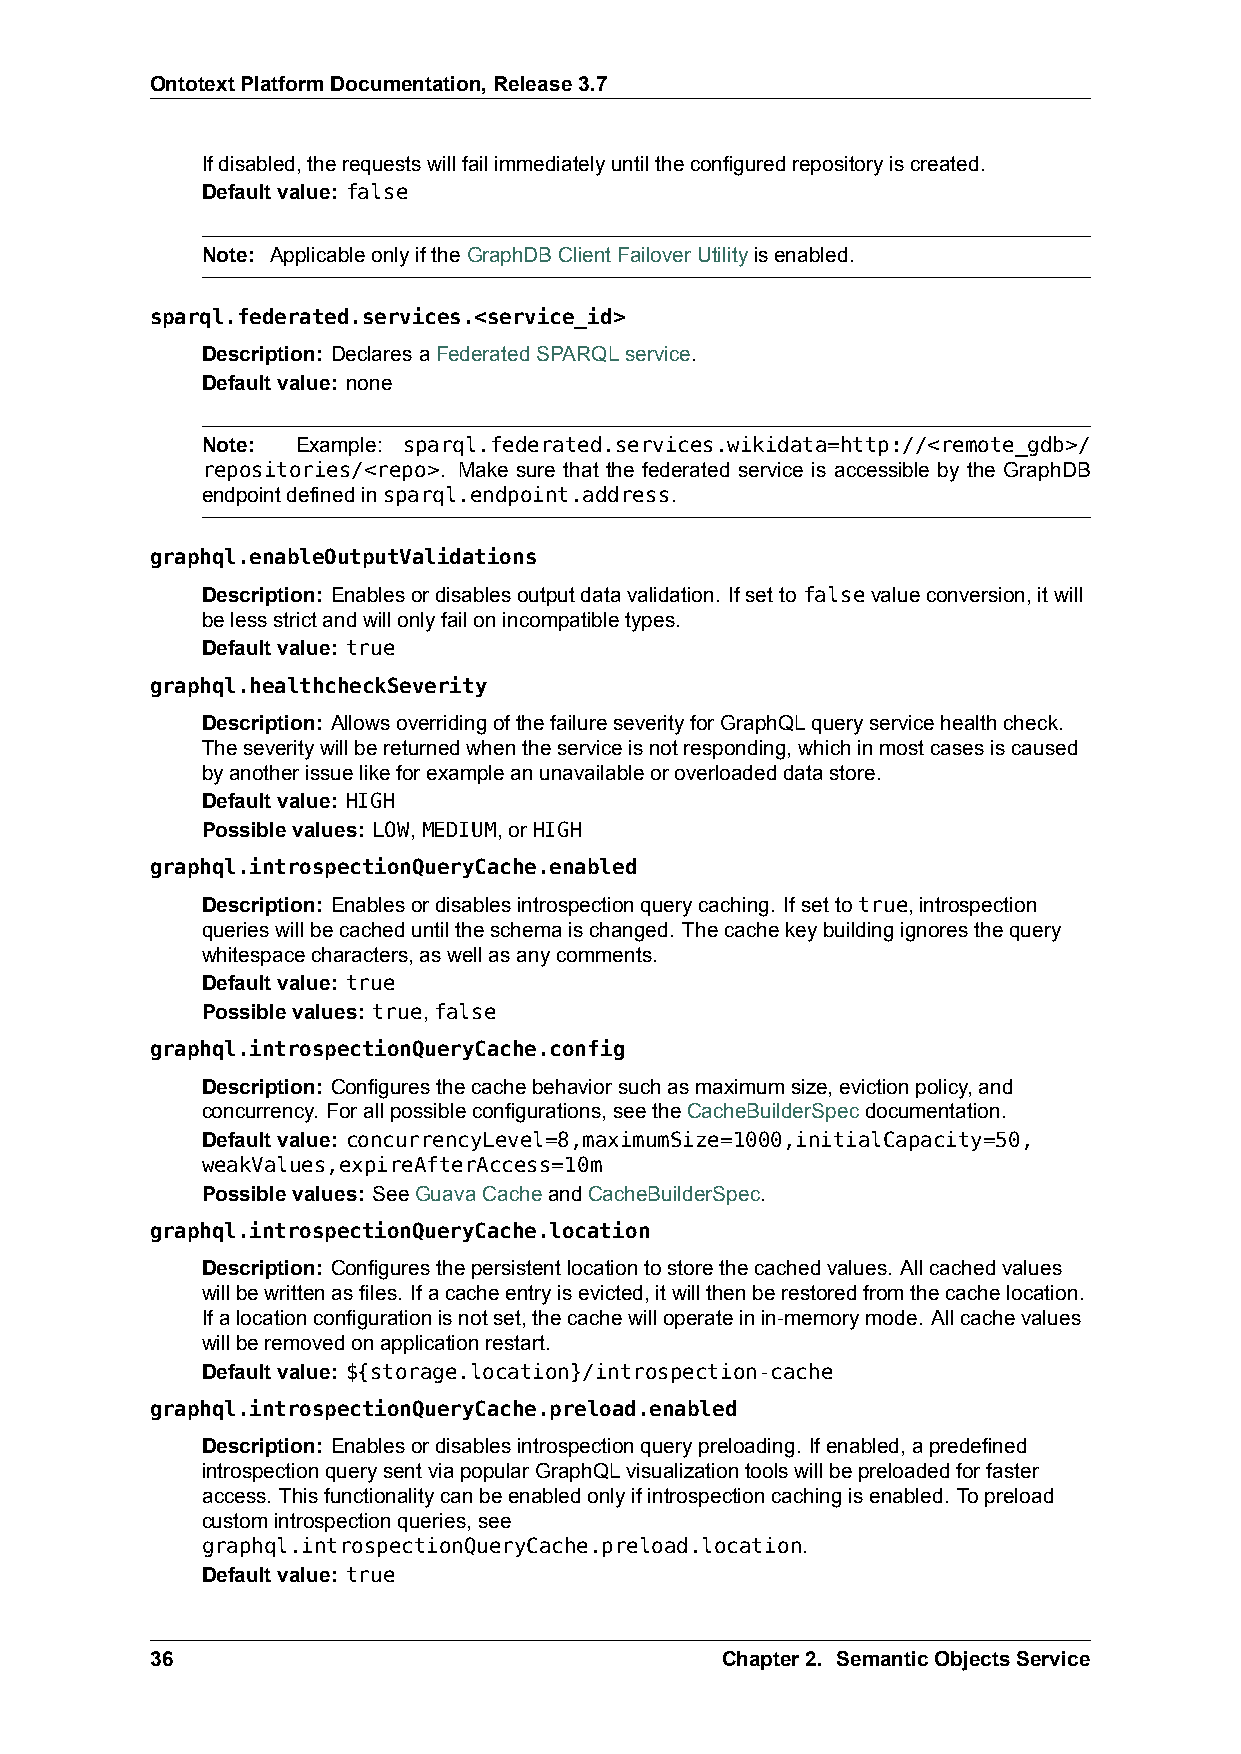
OntotextPlatformDocumentation,Release3.7
 Ifdisabled,therequestswillfailimmediatelyuntiltheconfiguredrepositoryiscreated.
 Defaultvalue: false
 Note: ApplicableonlyiftheGraphDBClientFailoverUtilityisenabled.
 sparql.federated.services.<service_id>
 Description: DeclaresaFederatedSPARQLservice.
 Defaultvalue: none
 Note:  Example: sparql.federated.services.wikidata=http://<remote_gdb>/
 repositories/<repo>. Make sure that the federated service is accessible by the GraphDB
 endpointdefinedinsparql.endpoint.address.
 graphql.enableOutputValidations
 Description: Enablesordisablesoutputdatavalidation. Ifsettofalsevalueconversion,itwill
 belessstrictandwillonlyfailonincompatibletypes.
 Defaultvalue: true
 graphql.healthcheckSeverity
 Description: AllowsoverridingofthefailureseverityforGraphQLqueryservicehealthcheck.
 Theseveritywillbereturnedwhentheserviceisnotresponding,whichinmostcasesiscaused
 byanotherissuelikeforexampleanunavailableoroverloadeddatastore.
 Defaultvalue: HIGH
 Possiblevalues: LOW,MEDIUM,orHIGH
 graphql.introspectionQueryCache.enabled
 Description: Enablesordisablesintrospectionquerycaching. Ifsettotrue,introspection
 querieswillbecacheduntiltheschemaischanged. Thecachekeybuildingignoresthequery
 whitespacecharacters,aswellasanycomments.
 Defaultvalue: true
 Possiblevalues: true,false
 graphql.introspectionQueryCache.config
 Description: Configuresthecachebehaviorsuchasmaximumsize,evictionpolicy,and
 concurrency. Forallpossibleconfigurations,seetheCacheBuilderSpecdocumentation.
 Defaultvalue: concurrencyLevel=8,maximumSize=1000,initialCapacity=50,
 weakValues,expireAfterAccess=10m
 Possiblevalues: SeeGuavaCacheandCacheBuilderSpec.
 graphql.introspectionQueryCache.location
 Description: Configuresthepersistentlocationtostorethecachedvalues. Allcachedvalues
 willbewrittenasfiles. Ifacacheentryisevicted,itwillthenberestoredfromthecachelocation.
 Ifalocationconfigurationisnotset,thecachewilloperateinin-memorymode. Allcachevalues
 willberemovedonapplicationrestart.
 Defaultvalue: ${storage.location}/introspection-cache
 graphql.introspectionQueryCache.preload.enabled
 Description: Enablesordisablesintrospectionquerypreloading. Ifenabled,apredefined
 introspectionquerysentviapopularGraphQLvisualizationtoolswillbepreloadedforfaster
 access. Thisfunctionalitycanbeenabledonlyifintrospectioncachingisenabled. Topreload
 customintrospectionqueries,see
 graphql.introspectionQueryCache.preload.location.
 Defaultvalue: true
 36                                    Chapter2. SemanticObjectsService